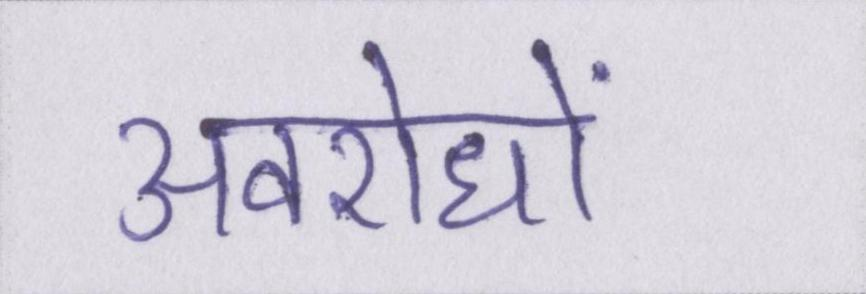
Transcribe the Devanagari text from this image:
अवरोधों